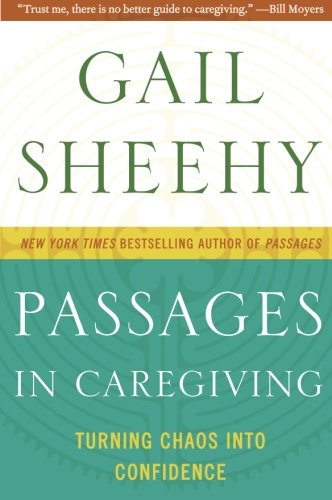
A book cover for Passages in Caregiving: Turning Chaos into Confidence; Gail Sheehy; Parenting & Relationships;